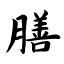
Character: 膳